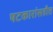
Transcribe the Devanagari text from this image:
षटकारांसहीत